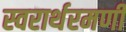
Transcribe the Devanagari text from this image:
स्वरार्थरमणी